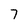
Character: 7